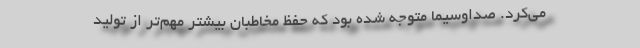
می‌کرد. صداوسیما متوجه شده بود که حفظ مخاطبان بیشتر مهم‌تر از تولید